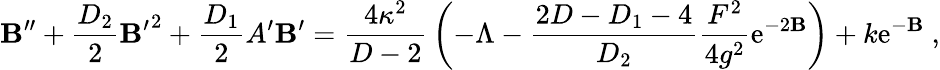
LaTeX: \mathbf{B}^{\prime\prime}+{\frac{{D_{2}}}{{2}}}{\mathbf{B}^{\prime}}^{2}+{\frac{{D_{1}}}{{2}}}A^{\prime}\mathbf{B}^{\prime}={\frac{{4\kappa^{2}}}{{D-2}}}\left(-\Lambda-{\frac{{2D-D_{1}-4}}{{D_{2}}}}{\frac{{F^{2}}}{{4g^{2}}}}\mathrm{{e}}^{-2\mathbf{B}}\right)+k\mathrm{{e}}^{-\mathbf{B}}~,